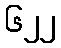
၆၂၂